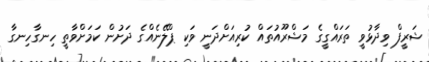
ޝަރީފް ވިދާޅުވީ ތަރައްގީގެ މަޝްރޫއުތައް ކުރިއަށްދަނީ ވަކި ޕްލޭނެއްގެ ދަށުން ކަމަށްވާތީ ހިނގާހިނގާ